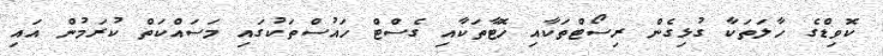
ކޮވިޑްގެ ހާލަތަކާ ގުޅިގެން ރިސޯޓްތަކާއި ހޮޓާތަކާއި ގެސްޓް ހައުސްތަކުގައި މަސައްކަތް ކުރަމުން އައި